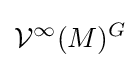
{\mathcal {V}}^{\infty }(M)^{G}